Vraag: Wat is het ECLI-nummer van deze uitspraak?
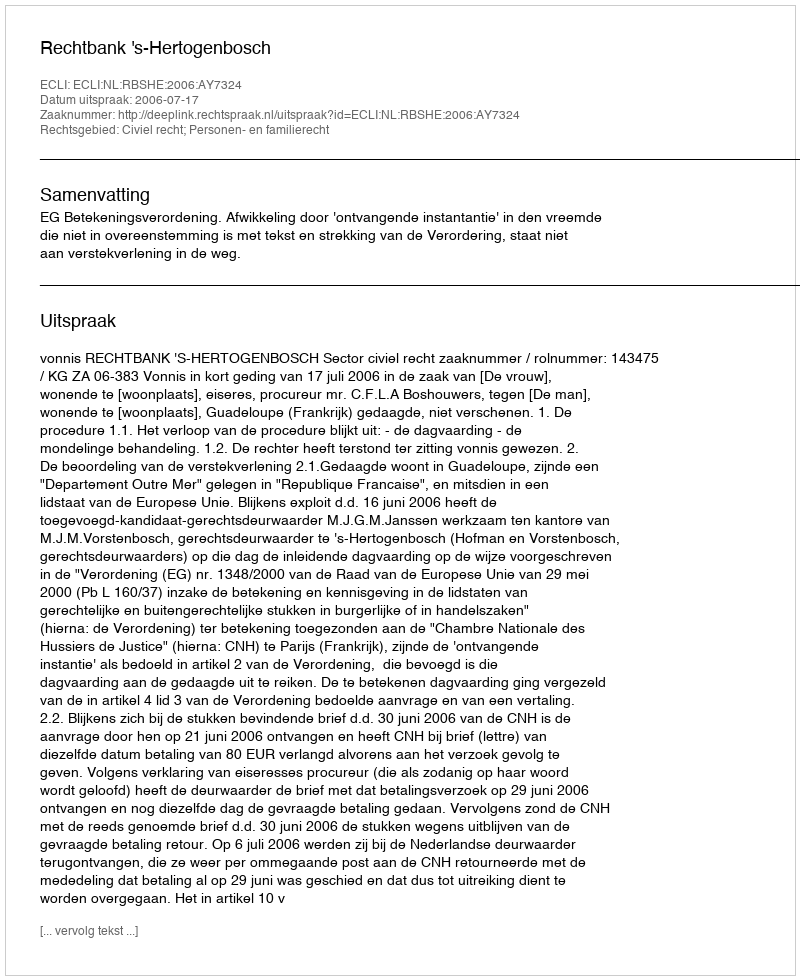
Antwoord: ECLI:NL:RBSHE:2006:AY7324